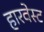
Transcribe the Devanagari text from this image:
हारवेस्ट